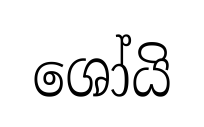
ශෝයි